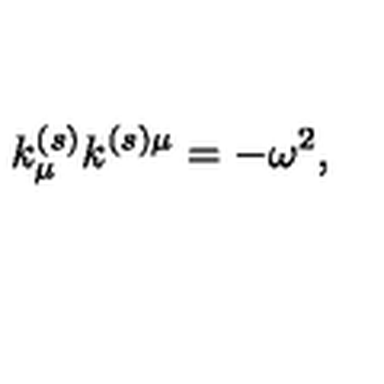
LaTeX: k _ { \mu } ^ { ( s ) } k ^ { ( s ) \mu } = - \omega ^ { 2 } ,